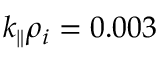
k _ { \parallel } \rho _ { i } = 0 . 0 0 3